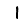
Digit: 1